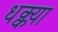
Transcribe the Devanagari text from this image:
धक्क्या